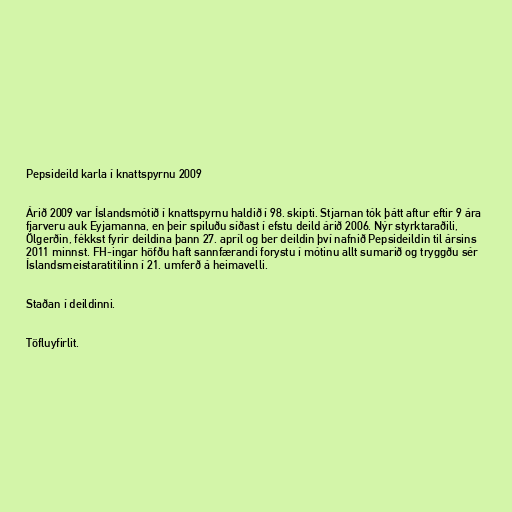
Pepsideild karla í knattspyrnu 2009

Árið 2009 var Íslandsmótið í knattspyrnu haldið í 98. skipti. Stjarnan tók þátt aftur eftir 9 ára
fjarveru auk Eyjamanna, en þeir spiluðu síðast í efstu deild árið 2006. Nýr styrktaraðili,
Ölgerðin, fékkst fyrir deildina þann 27. apríl og ber deildin því nafnið Pepsideildin til ársins
2011 minnst. FH-ingar höfðu haft sannfærandi forystu í mótinu allt sumarið og tryggðu sér
Íslandsmeistaratitilinn í 21. umferð á heimavelli.

Staðan í deildinni.

Töfluyfirlit.